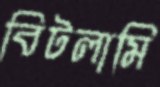
বিটলামি